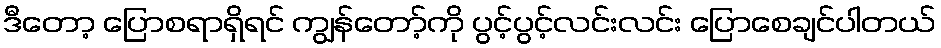
ဒီတော့ ပြောစရာရှိရင် ကျွန်တော့်ကို ပွင့်ပွင့်လင်းလင်း ပြောစေချင်ပါတယ်